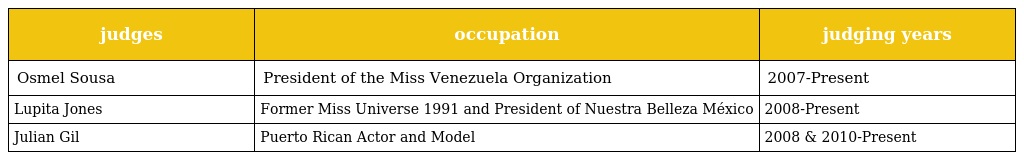
| judges | occupation | judging years |
 | --- | --- | --- |
 | Osmel Sousa | President of the Miss Venezuela Organization | 2007-Present |
 | Lupita Jones | Former Miss Universe 1991 and President of Nuestra Belleza México | 2008-Present |
 | Julian Gil | Puerto Rican Actor and Model | 2008 & 2010-Present |